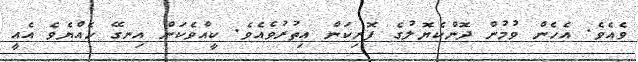
ވެއެވެ. އެހެން ވުމުން ދޮންކެޔޮލުގެ ފޮނިކަން އިތުރުވެއެވެ. ކީއްވެކަން އިނގޭ ހެއްޔެވެ އެއީ